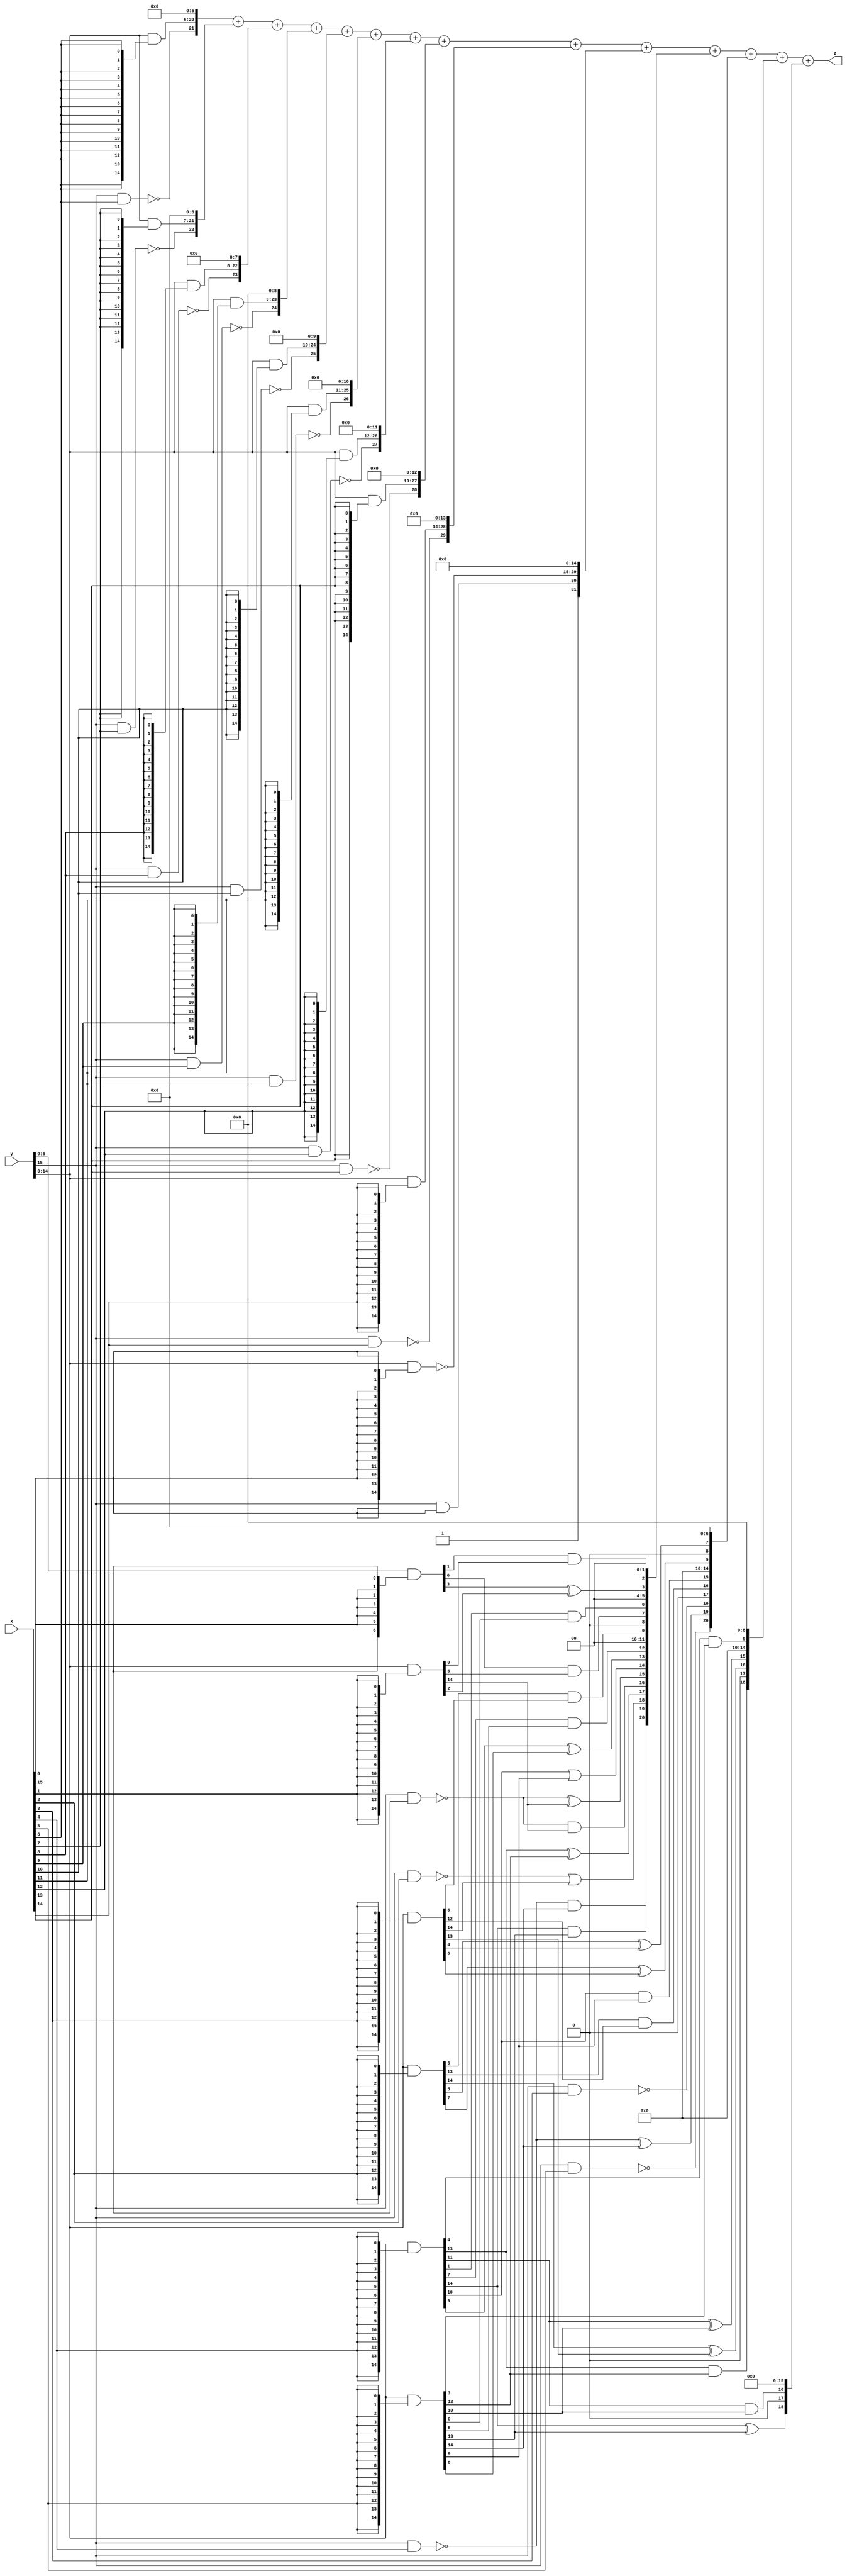
module XSYW_8(
    input [15:0] x, y,
    output [31:0] z
    );

wire [16:0] part1;
wire [15:0] part2;
wire [15:0] part3;
wire [15:0] part4;
wire [15:0] part5;
wire [15:0] part6;
wire [15:0] part7;
wire [15:0] part8;
wire [15:0] part9;
wire [15:0] part10;
wire [15:0] part11;
wire [15:0] part12;
wire [15:0] part13;
wire [15:0] part14;
wire [15:0] part15;
wire [16:0] part16;

assign part1[14:0] = y[14:0] & {15{x[0]}};
assign part1[15] = ~(y[15] & x[0]);
assign part1[16] = 1'b1;

assign part16[14:0] = ~(y[14:0] & {15{x[15]}});
assign part16[15] = y[15] & x[15];
assign part16[16] = 1'b1;

assign part2[14:0]  = y[14:0] & {15{x[1]}};  assign part2[15]  = ~(y[15] & x[1]);
assign part3[14:0]  = y[14:0] & {15{x[2]}};  assign part3[15]  = ~(y[15] & x[2]);
assign part4[14:0]  = y[14:0] & {15{x[3]}};  assign part4[15]  = ~(y[15] & x[3]);
assign part5[14:0]  = y[14:0] & {15{x[4]}};  assign part5[15]  = ~(y[15] & x[4]);
assign part6[14:0]  = y[14:0] & {15{x[5]}};  assign part6[15]  = ~(y[15] & x[5]);
assign part7[14:0]  = y[14:0] & {15{x[6]}};  assign part7[15]  = ~(y[15] & x[6]);
assign part8[14:0]  = y[14:0] & {15{x[7]}};  assign part8[15]  = ~(y[15] & x[7]);
assign part9[14:0]  = y[14:0] & {15{x[8]}};  assign part9[15]  = ~(y[15] & x[8]);
assign part10[14:0] = y[14:0] & {15{x[9]}};  assign part10[15] = ~(y[15] & x[9]);
assign part11[14:0] = y[14:0] & {15{x[10]}}; assign part11[15] = ~(y[15] & x[10]);
assign part12[14:0] = y[14:0] & {15{x[11]}}; assign part12[15] = ~(y[15] & x[11]);
assign part13[14:0] = y[14:0] & {15{x[12]}}; assign part13[15] = ~(y[15] & x[12]);
assign part14[14:0] = y[14:0] & {15{x[13]}}; assign part14[15] = ~(y[15] & x[13]);
assign part15[14:0] = y[14:0] & {15{x[14]}}; assign part15[15] = ~(y[15] & x[14]);

wire [20:0] new_part1;
wire [20:0] new_part2;
wire [20:0] new_part3;
wire [20:0] new_part4;

assign new_part1[0] = 0;
assign new_part1[1] = 0;
assign new_part1[2] = part1[1]&part2[0];
assign new_part1[3] = part1[3]^part2[2];
assign new_part1[4] = 0;
assign new_part1[5] = 0;
assign new_part1[6] = part5[1]&part6[0];
assign new_part1[7] = part1[6]&part2[5];
assign new_part1[8] = 0;
assign new_part1[9] = part3[6]&part4[5];
assign new_part1[10] = 0;
assign new_part1[11] = 0;
assign new_part1[12] = part5[7]&part6[6];
assign new_part1[13] = part5[9]^part6[8];
assign new_part1[14] = part5[10]|part6[9];
assign new_part1[15] = part1[15]^part2[14];
assign new_part1[16] = part1[15]&part2[14];
assign new_part1[17] = part5[13]^part6[12];
assign new_part1[18] = part3[15]|part4[14];
assign new_part1[19] = part5[14]&part6[13];
assign new_part1[20] = part5[15]&part6[14];

assign new_part2[0] = 0;
assign new_part2[1] = 0;
assign new_part2[2] = 0;
assign new_part2[3] = 0;
assign new_part2[4] = 0;
assign new_part2[5] = 0;
assign new_part2[6] = 0;
assign new_part2[7] = part3[5]^part4[4];
assign new_part2[8] = 0;
assign new_part2[9] = part3[7]^part4[6];
assign new_part2[10] = 0;
assign new_part2[11] = 0;
assign new_part2[12] = 0;
assign new_part2[13] = 0;
assign new_part2[14] = 0;
assign new_part2[15] = part5[10]&part6[9];
assign new_part2[16] = part3[13]&part4[12];
assign new_part2[17] = 0;
assign new_part2[18] = part4[15];
assign new_part2[19] = part5[15]^part6[14];
assign new_part2[20] = part6[15];

assign new_part3[0] = 0;
assign new_part3[1] = 0;
assign new_part3[2] = 0;
assign new_part3[3] = 0;
assign new_part3[4] = 0;
assign new_part3[5] = 0;
assign new_part3[6] = 0;
assign new_part3[7] = 0;
assign new_part3[8] = 0;
assign new_part3[9] = part5[4]&part6[3];
assign new_part3[10] = 0;
assign new_part3[11] = 0;
assign new_part3[12] = 0;
assign new_part3[13] = 0;
assign new_part3[14] = 0;
assign new_part3[15] = part5[11]^part6[10];
assign new_part3[16] = part3[14]^part4[13];
assign new_part3[17] = 0;
assign new_part3[18] = part5[13]&part6[12];
assign new_part3[19] = 0;
assign new_part3[20] = 0;

assign new_part4[0] = 0;
assign new_part4[1] = 0;
assign new_part4[2] = 0;
assign new_part4[3] = 0;
assign new_part4[4] = 0;
assign new_part4[5] = 0;
assign new_part4[6] = 0;
assign new_part4[7] = 0;
assign new_part4[8] = 0;
assign new_part4[9] = 0;
assign new_part4[10] = 0;
assign new_part4[11] = 0;
assign new_part4[12] = 0;
assign new_part4[13] = 0;
assign new_part4[14] = 0;
assign new_part4[15] = 0;
assign new_part4[16] = part5[11]&part6[10];
assign new_part4[17] = 0;
assign new_part4[18] = part5[14]^part6[13];
assign new_part4[19] = 0;
assign new_part4[20] = 0;

assign z = {part7, 6'b0} + {part8, 7'b0} + {part9, 8'b0} + {part10, 9'b0} + {part11, 10'b0} + {part12, 11'b0} + {part13, 12'b0} + {part14, 13'b0} + {part15, 14'b0} + {part16, 15'b0} + new_part1 + new_part2 + new_part3 + new_part4;

endmodule